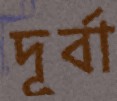
দূর্বা